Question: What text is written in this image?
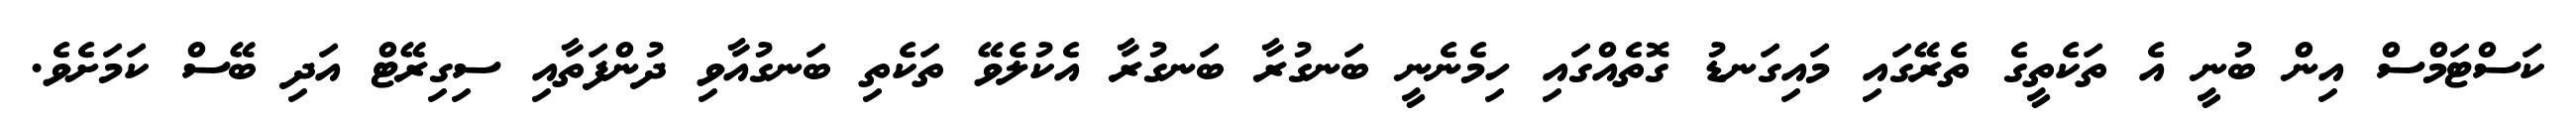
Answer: ކަސްޓަމްސް އިން ބުނީ އެ ތަކެތީގެ ތެރޭގައި މައިގަނޑު ގޮތެއްގައި ހިމެނެނީ ބަނގުރާ ބަނގުރާ އެކުލެވޭ ތަކެތި ބަނގުއާވި ދުންފަތާއި ސިގިރޭޓް އަދި ބޭސް ކަމަށެވެ.